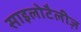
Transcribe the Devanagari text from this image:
साइलोटैलीज़